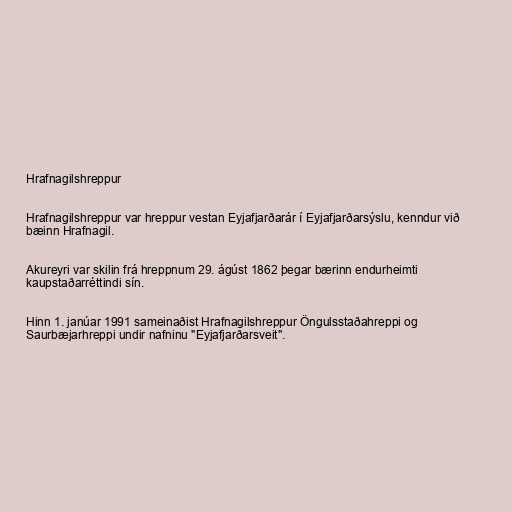
Hrafnagilshreppur

Hrafnagilshreppur var hreppur vestan Eyjafjarðarár í Eyjafjarðarsýslu, kenndur við
bæinn Hrafnagil.

Akureyri var skilin frá hreppnum 29. ágúst 1862 þegar bærinn endurheimti
kaupstaðarréttindi sín.

Hinn 1. janúar 1991 sameinaðist Hrafnagilshreppur Öngulsstaðahreppi og
Saurbæjarhreppi undir nafninu "Eyjafjarðarsveit".